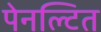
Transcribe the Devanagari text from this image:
पेनल्टित